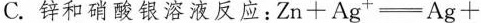
C.锌和硝酸银溶液反应：$$Zn+Ag_{+}=Ag+